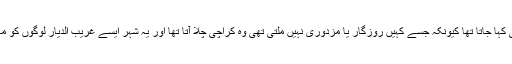
کراچی کو اسی لئے غریب پرور شہر بھی کہا جاتا تھا کیونکہ جسے کہیں روزگار یا مزدوری نہیں ملتی تھی وہ کراچی چلا آتا تھا اور یہ شہر ایسے غریب الدیار لوگوں کو ماں کی طرح اپنے دامن میں سمیٹ لیتا تھا۔